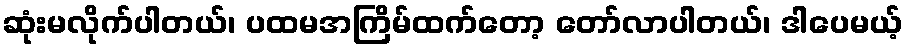
ဆုံးမလိုက်ပါတယ်၊ ပထမအကြိမ်ထက်တော့ တော်လာပါတယ်၊ ဒါပေမယ့်